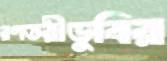
রণতরীডুবির